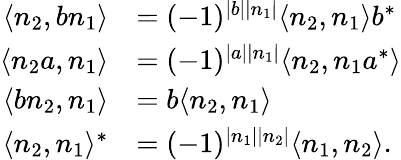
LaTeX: \begin{array}{rl}{\langle n_{2},bn_{1}\rangle}&{=(-1)^{|b||n_{1}|}\langle n_{2},n_{1}\rangle b^{*}}\\ {\langle n_{2}a,n_{1}\rangle}&{=(-1)^{|a||n_{1}|}\langle n_{2},n_{1}a^{*}\rangle}\\ {\langle bn_{2},n_{1}\rangle}&{=b\langle n_{2},n_{1}\rangle}\\ {\langle n_{2},n_{1}\rangle^{*}}&{=(-1)^{|n_{1}||n_{2}|}\langle n_{1},n_{2}\rangle.}\end{array}